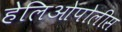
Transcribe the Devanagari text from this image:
हेलिओपोलीस